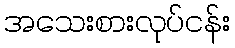
အသေးစားလုပ်ငန်း